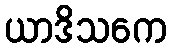
ယာဒိသကေ